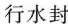
行水封